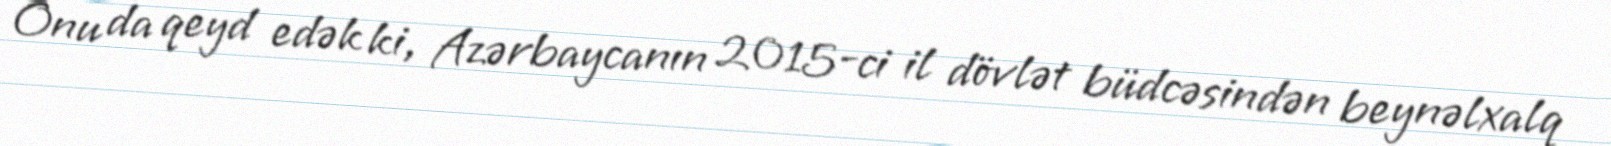
Onu da qeyd edək ki, Azərbaycanın 2015-ci il dövlət büdcəsindən beynəlxalq